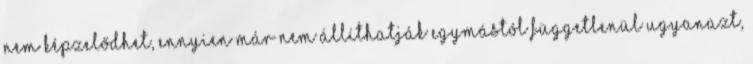
nem képzelődhet, ennyien már nem állíthatják egymástól függetlenül ugyanazt,